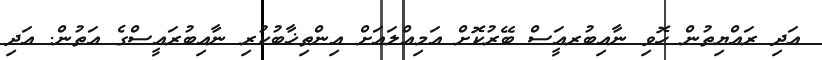
އަދި ރައްޔިތުން ހޮވި ނާއިބުރއަީސް ބޭރުކޮށް އަމިއްލައަށް އިންތިޚާބުކުރި ނާއިބުރައީސްގެ އަތުން. އަދި